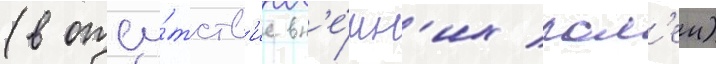
(в отсу́тств'ие вн'е́шн'их пол'еи)